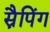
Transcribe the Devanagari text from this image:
स्नैपिंग